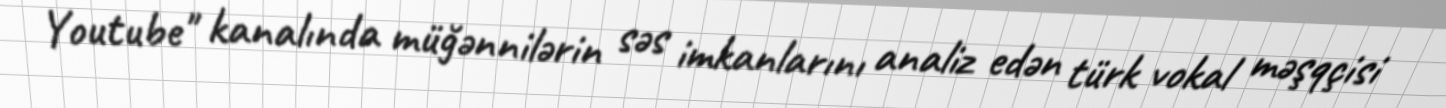
Youtube" kanalında müğənnilərin səs imkanlarını analiz edən türk vokal məşqçisi